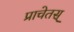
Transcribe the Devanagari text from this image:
प्राचेतस्